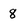
Character: 8